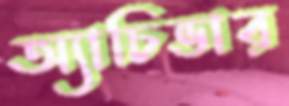
অ্যাচিভার